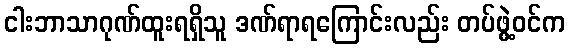
ငါးဘာသာဂုဏ်ထူးရရှိသူ ဒဏ်ရာရကြောင်းလည်း တပ်ဖွဲ့ဝင်က